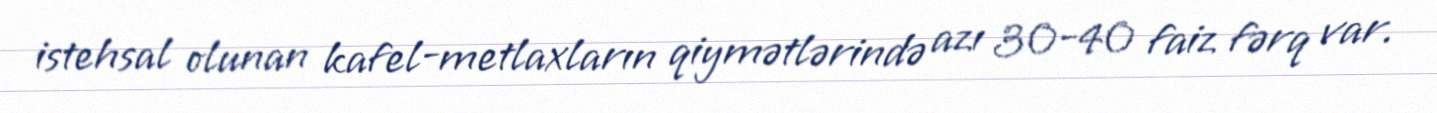
istehsal olunan kafel-metlaxların qiymətlərində azı 30-40 faiz fərq var.